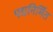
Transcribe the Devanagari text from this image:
पद्यनिर्मित